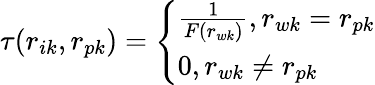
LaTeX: \tau(r_{ik},r_{pk})=\left\{ \begin{array}{ll}{{\frac{1}{F(r_{wk})}},r_{wk}=r_{pk}}\\ {0,r_{wk}\neq r_{pk}}\end{array}\right.